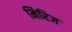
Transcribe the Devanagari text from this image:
मिरिज